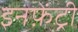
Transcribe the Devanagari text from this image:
इनफ़ेंट्री